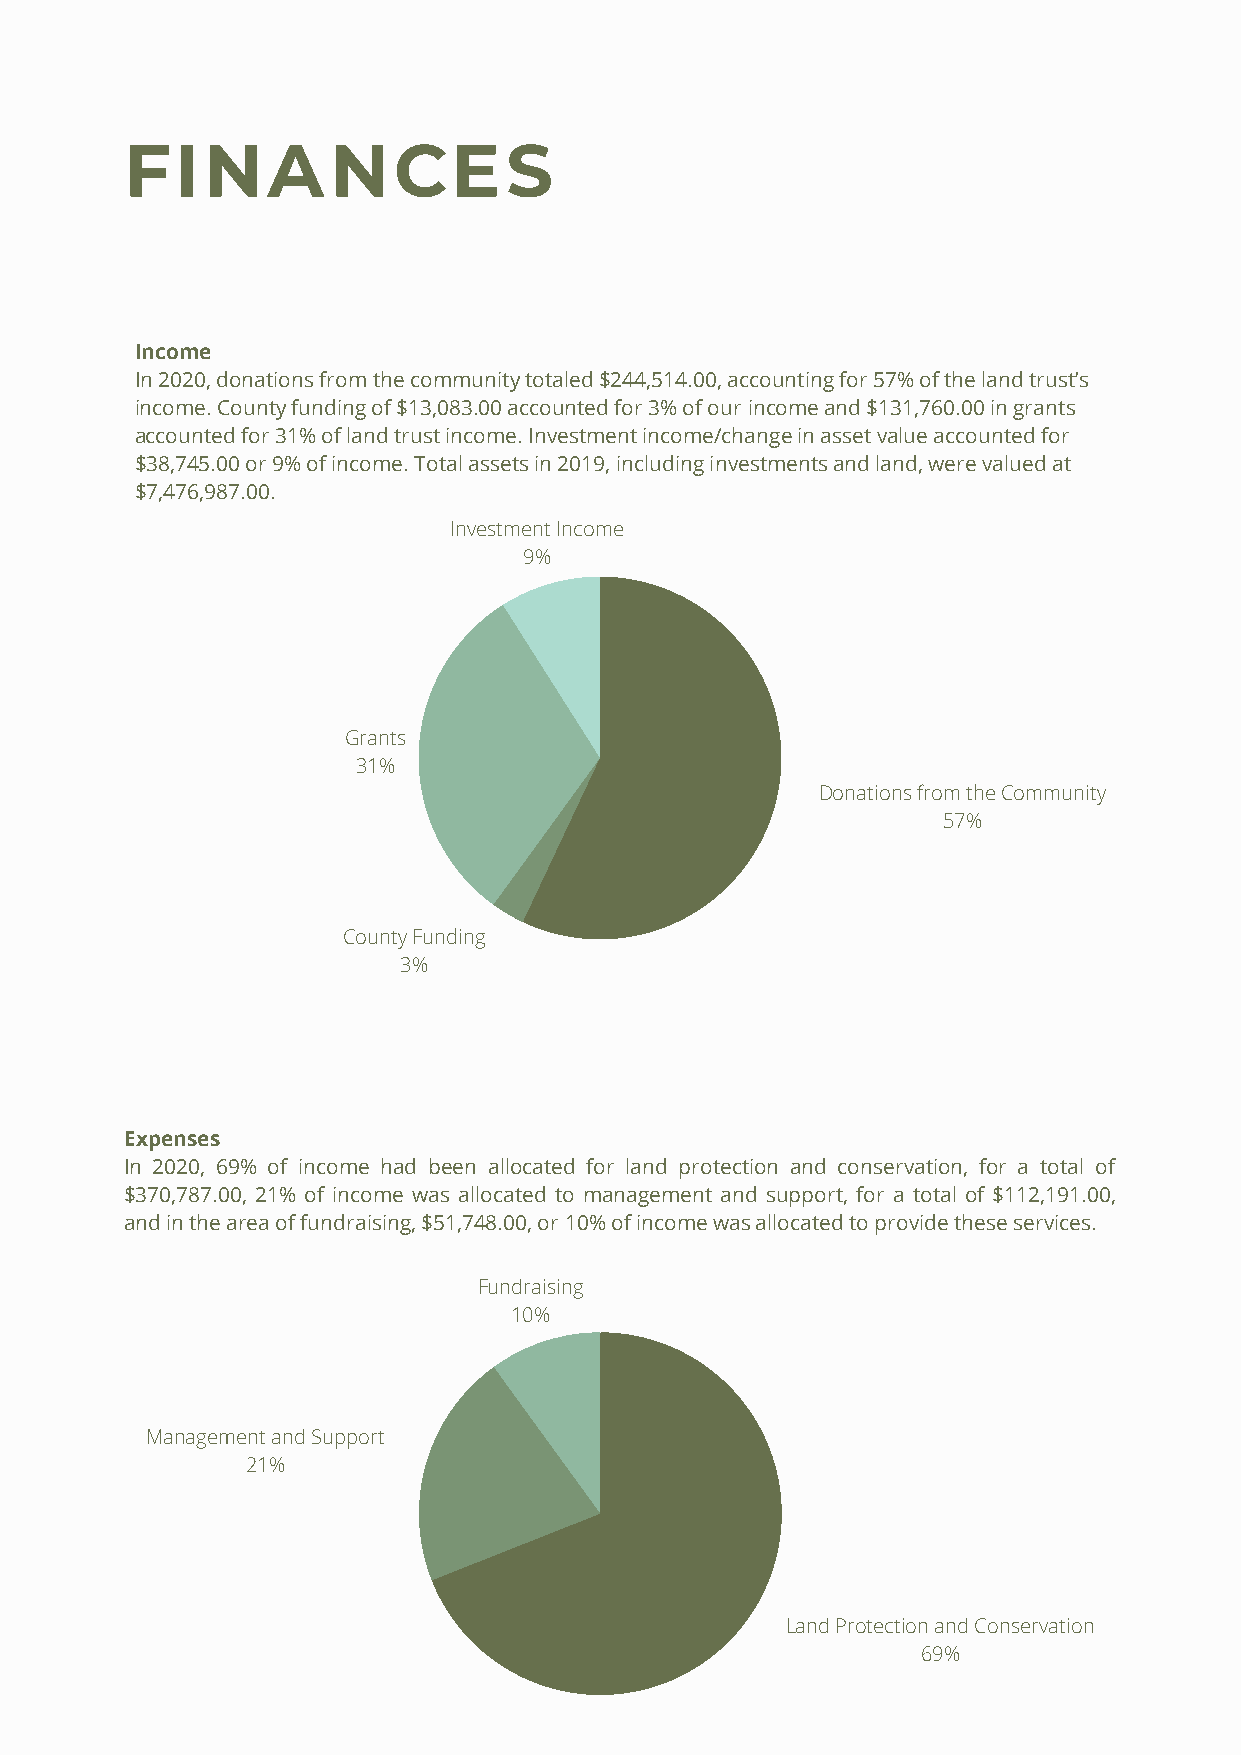
FINANCES
 Income
 In 2020, donations from the community totaled $244,514.00, accounting for 57% of the land trust’s
 income. County funding of $13,083.00 accounted for 3% of our income and $131,760.00 in grants
 accounted for 31% of land trust income. Investment income/change in asset value accounted for
 $38,745.00 or 9% of income. Total assets in 2019, including investments and land, were valued at
 $7,476,987.00.
 Investment Income
 9%
 Grants
 31%
 Donations from the Community
 57%
 County Funding
 3%
 Expenses
 In 2020, 69% of income had been allocated for land protection and conservation, for a total of
 $370,787.00, 21% of income was allocated to management and support, for a total of $112,191.00,
 and in the area of fundraising, $51,748.00, or 10% of income was allocated to provide these services.
 Fundraising
 10%
 Management and Support
 21%
 Land Protection and Conservation
 69%